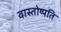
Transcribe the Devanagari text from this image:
वास्तोष्पति